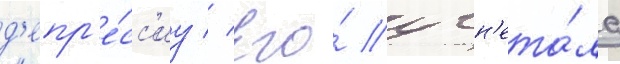
д'епр'е́сс'иу // Его́ угн'ета́ла